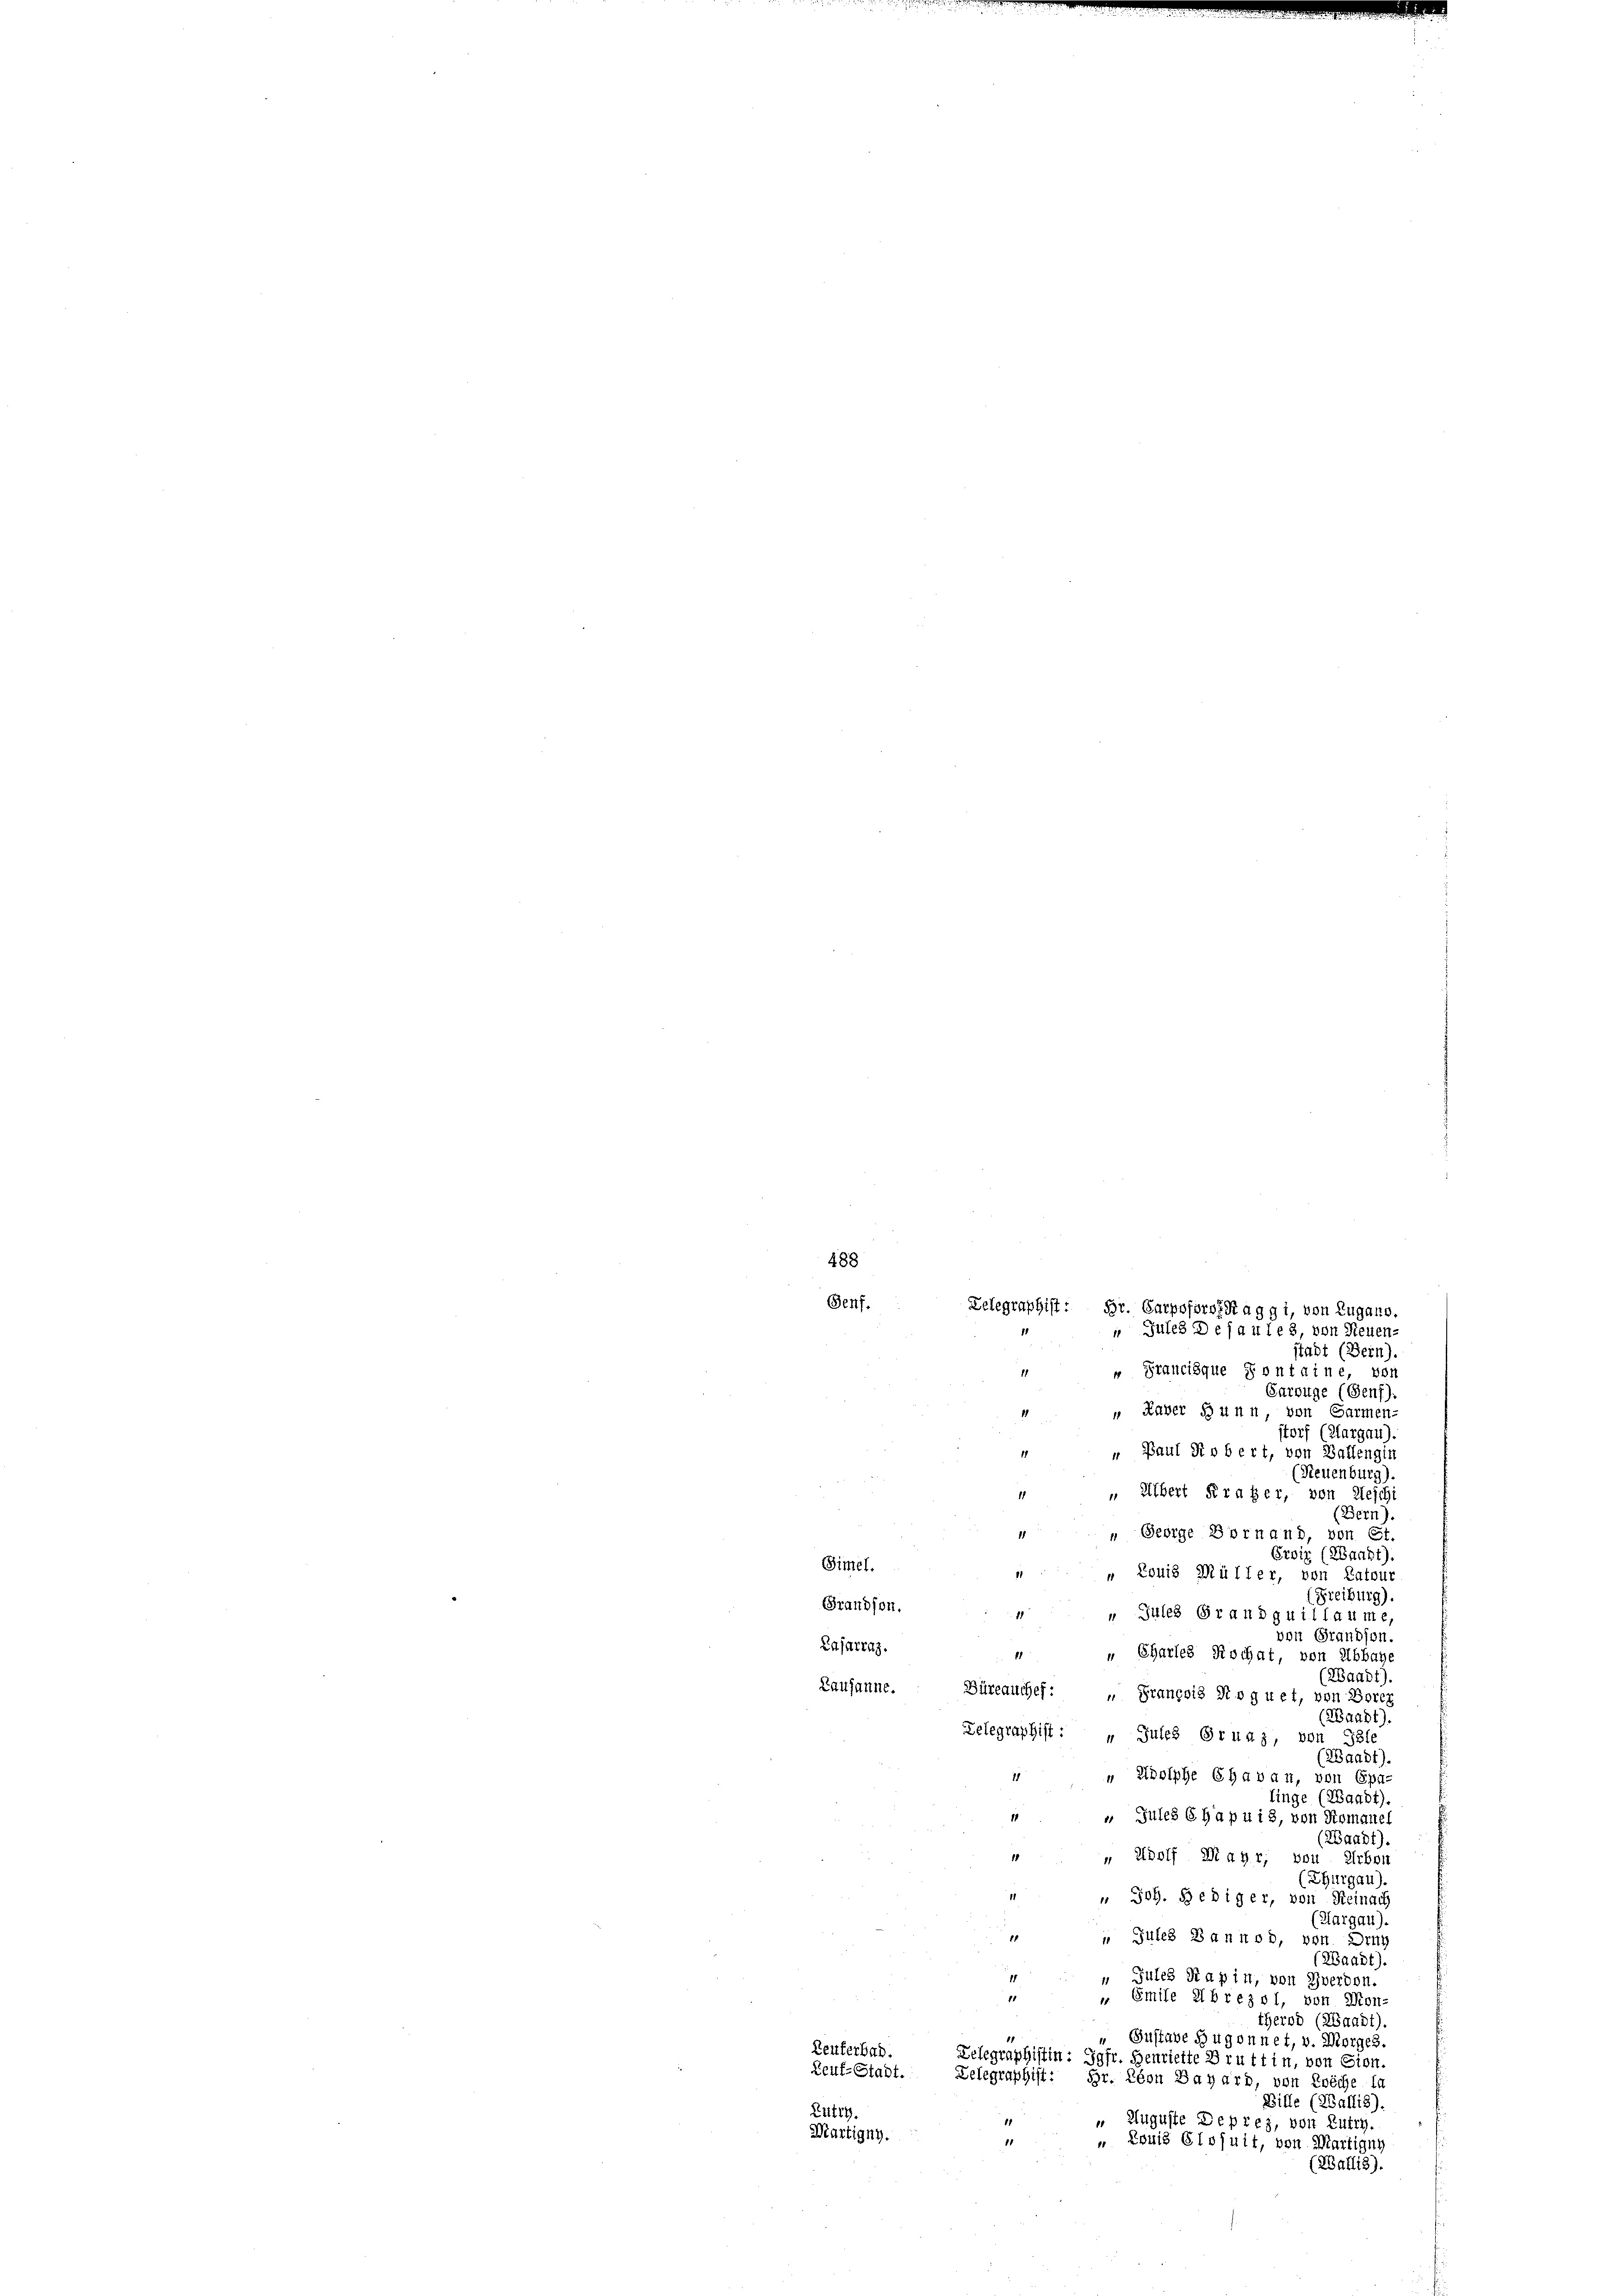
488
Genf.
Telegraphist: Hr. CarpsforszRaggi, von Zugano,
Jules Defaules, von Neuen-

stadt (Bern).
r Francisque Fontaine, vor
Carouge (Genf
" Raber dann, von Garmen-
storf (Aargau).
" Paul Robert, von Ballengin
Neuenburg).
 Albert Kraker, von Aeschi
(Bern).
Gedige Bernand, von Et
Eroiz (Waadt).
Simel.
" Louis Müller, von Patour
Freiburg)
Grandson
Jules Grandquillaume
von Grandson.
Lafarraz.
" Charles Rochat, von Abbaye
(Waadt)
Lausanne. Büreauchef: „François Roguet, von Borer
(Waadt).
Zelegraphist : „ Jules Gruaz, von Tale
(Waadt).
" Adolphe Chavan, von Epa-
linge (ZBagdt).
„ Gules 6 Hapui3, von Romanel
(Waadt)
" Adolf Mayr, von Arbon
(Thurgau)
 Joh. Hediger, von Reinach
(Aargau).
11
Jules Bannod, von Druc
(Waadt).
Jules Kapin, von Zwerden.
11
». Emile Abreisl, von Mon-
therod (Waadt).
 Gustave Hugonnet, v. Morges.
Leuferbad.
Telegraphistin: Jgfr. Henriette Bruttin, von Sion.
Genf-Stadt.
Telegraphist:
Br. Leon Bazard, von Zwäche la
Bille (ZGaf18).
Lutry.
„ Auguste Deprez, von Lutry.
Martigny.
11
„ Louis Elojuit, von Martigun
(ZBaflis).